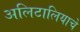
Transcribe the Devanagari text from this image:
अलिटालियाचे